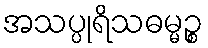
အသပ္ပုရိသဓမ္မဉ္စ